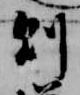
則